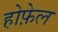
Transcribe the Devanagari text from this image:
होफ़ेल